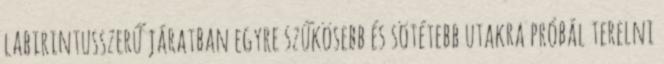
labirintusszerű járatban egyre szűkösebb és sötétebb utakra próbál terelni